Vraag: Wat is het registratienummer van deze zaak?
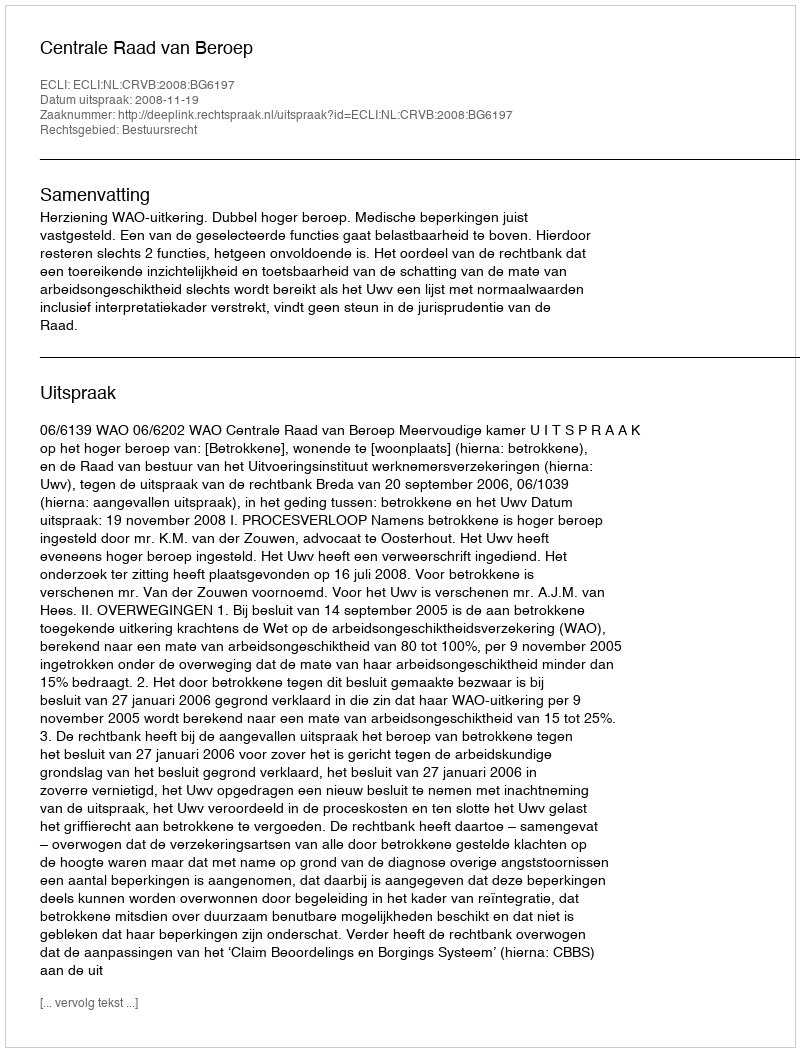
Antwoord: http://deeplink.rechtspraak.nl/uitspraak?id=ECLI:NL:CRVB:2008:BG6197